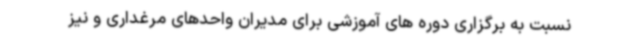
نسبت به برگزاری دوره های آموزشی برای مدیران واحدهای مرغداری و نیز